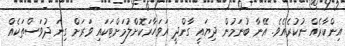
އިންކާރެއް ނުކުރެއެވެ. އޭނާ ބުނަމުން ދިޔައީ ގާންދީ އަވަހާރަކޮށްލުމަށްޓަކައި ވަރަށް ގިނަ ދުވަސްތަކެއް